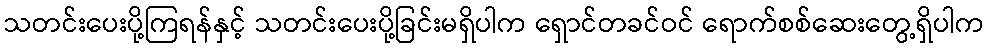
သတင်းပေးပို့ကြရန်နှင့် သတင်းပေးပို့ခြင်းမရှိပါက ရှောင်တခင်ဝင် ရောက်စစ်ဆေးတွေ့ရှိပါက